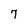
Character: 7